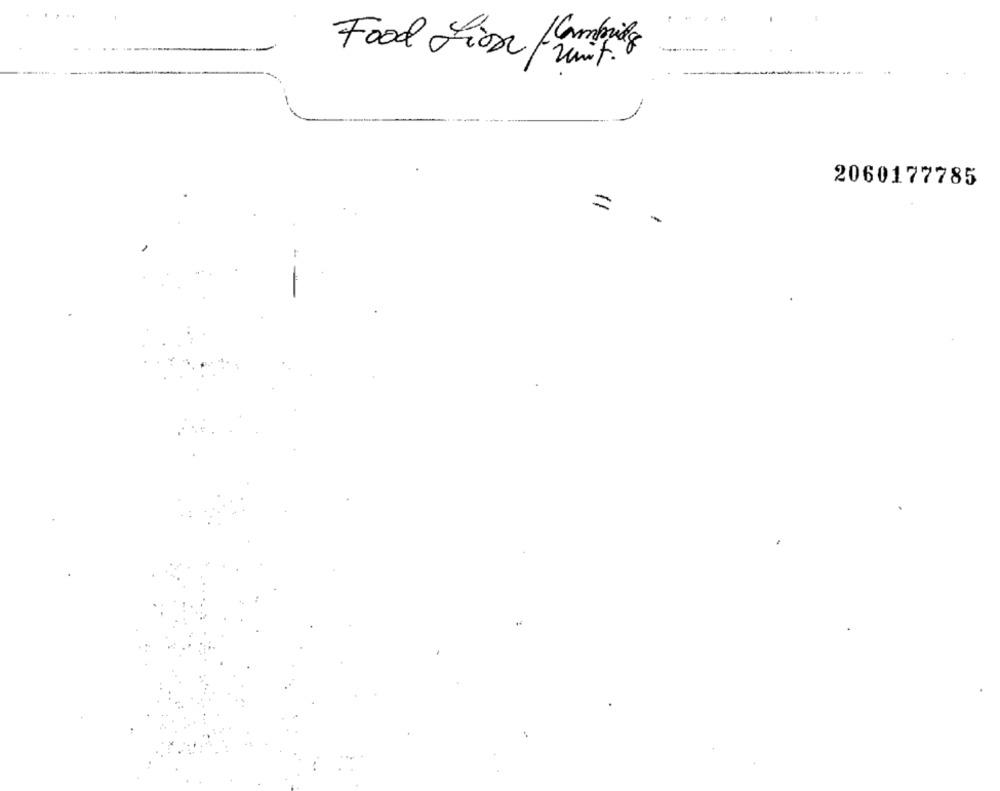
Food Lion Cambrils
2060177785
=
-